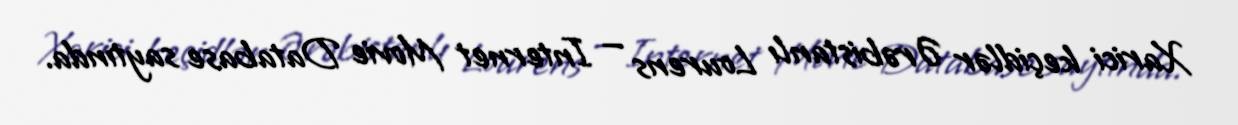
Xarici keçidlər Ərəbistanlı Lourens — Internet Movie Database saytında.